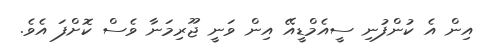
އިން އެ ކުންފުނި ސީއެމްޑީއޭ އިން ވަނީ ޖޫރިމަނާ ވެސް ކޮށްފަ އެވެ.